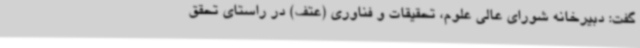
گفت: دبیرخانه شورای عالی علوم، تحقیقات و فناوری (عتف) در راستای تحقق